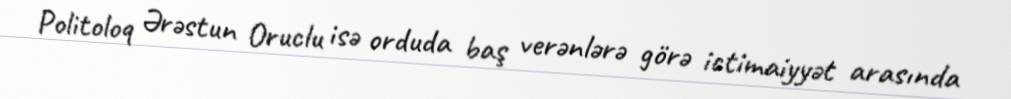
Politoloq Ərəstun Oruclu isə orduda baş verənlərə görə ictimaiyyət arasında